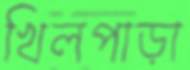
খিলপাড়া